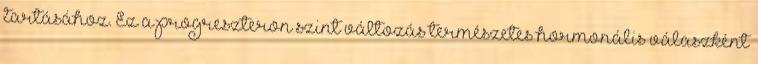
tartásához. Ez a progreszteron szint változás természetes hormonális válaszként